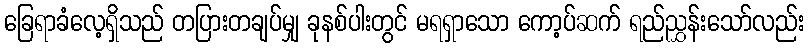
ခြေရာခံလေ့ရှိသည် တပြားတချပ်မျှ ခုနစ်ပါးတွင် မရရှာသော ကော့ပ်ဆက် ရည်ညွှန်းသော်လည်း